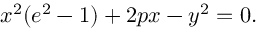
x ^ { 2 } ( e ^ { 2 } - 1 ) + 2 p x - y ^ { 2 } = 0 .